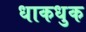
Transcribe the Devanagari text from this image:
धाकधुक